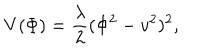
V ( \Phi ) = \frac { \lambda } { 2 } ( \Phi ^ { 2 } - v ^ { 2 } ) ^ { 2 } ,